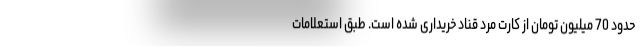
حدود 70 میلیون تومان از کارت مرد قناد خریداری شده است. طبق استعلامات